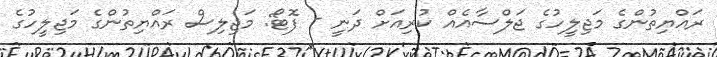
ރައްޔިތުންގެ މަޖިލީހުގެ ޖަލްސާއެއް ކުރިއަށް ދަނީ - ފޮޓޯ: މަޖިލިސް ރައްޔިތުންގެ މަޖިލީހުގެ